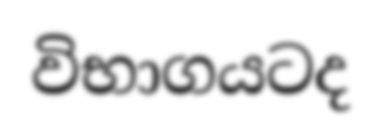
විභාගයටද